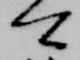
可